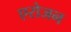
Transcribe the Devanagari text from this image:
एरोजन